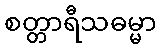
စတ္တာရီသဓမ္မာ